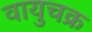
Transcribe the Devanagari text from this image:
वायुचक्र